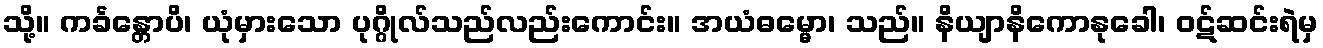
သို့။ ကင်္ခန္တောပိ၊ ယုံမှားသော ပုဂ္ဂိုလ်သည်လည်းကောင်း။ အယံဓမ္မော၊ သည်။ နိယျာနိကောနုခေါ၊ ဝဋ်ဆင်းရဲမှ